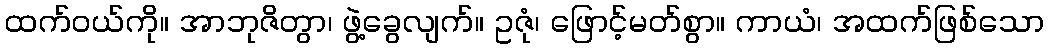
ထက်ဝယ်ကို။ အာဘုဇိတွာ၊ ဖွဲ့ခွေလျက်။ ဥဇုံ၊ ဖြောင့်မတ်စွာ။ ကာယံ၊ အထက်ဖြစ်သော